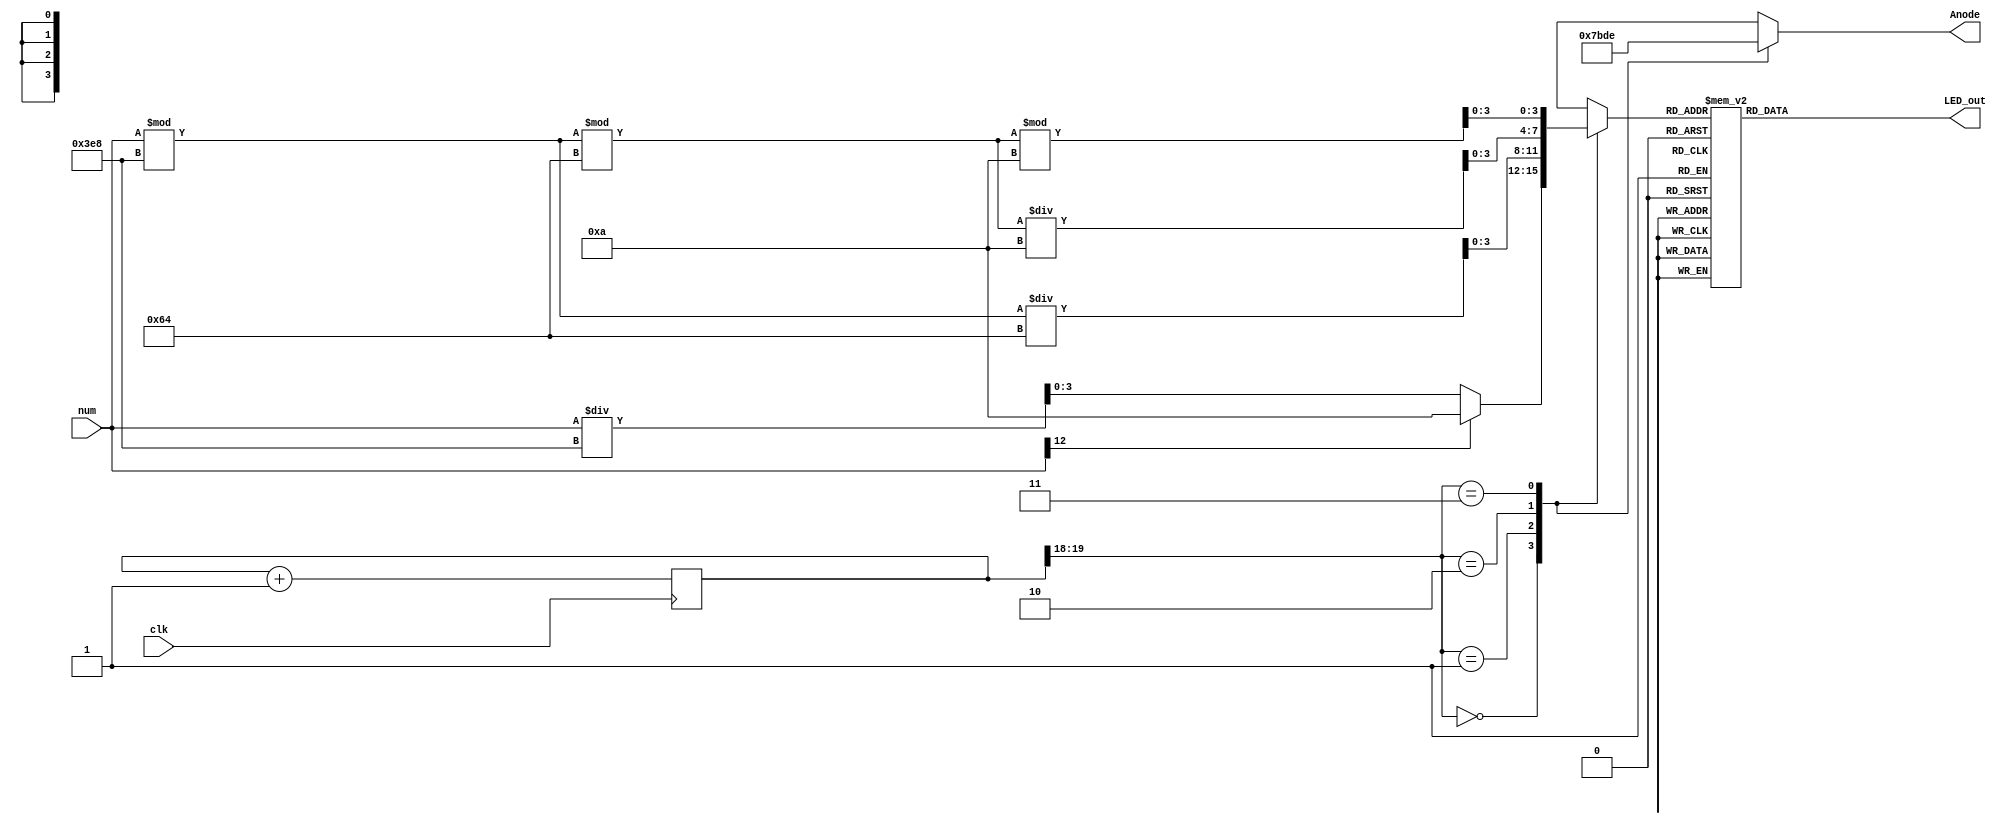
`timescale 1ns / 1ps
//////////////////////////////////////////////////////////////////////////////////
// Company: 
// Engineer: 
// 
// Design Name: 
// Module Name: SevenSegDis
// Project Name: 
// Target Devices: 
// Tool Versions: 
// Description: 
// 
// Dependencies: 
// 
// Revision:
// Revision 0.01 - File Created
// Additional Comments:
// 
//////////////////////////////////////////////////////////////////////////////////


module SevenSegDis(input clk, input [12:0] num,
 output reg [3:0] Anode,
 output reg [6:0] LED_out
 );
 reg [3:0] LED_BCD;
 reg [19:0] refresh_counter = 0; // 20-bit counter
 wire [1:0] LED_activating_counter;
  
 
 
 always @(posedge clk)
 begin
 refresh_counter <= refresh_counter + 1;
 end

 assign LED_activating_counter = refresh_counter[19:18];

wire sign= num[12];


 always @(*)
 begin
 case(LED_activating_counter)
 2'b00: begin
 Anode = 4'b0111;
 if(sign)
 LED_BCD = 10;
else
 LED_BCD = num/1000;
 end
 2'b01: begin
 Anode = 4'b1011;
 LED_BCD = (num % 1000)/100;
 end
 2'b10: begin
 Anode = 4'b1101;
 LED_BCD = ((num % 1000)%100)/10;
 end
 2'b11: begin
 Anode = 4'b1110;
 LED_BCD = ((num % 1000)%100)%10;
 end
 endcase
 end
 always @(*)
 begin
 case(LED_BCD[3:0])
 4'b0000: LED_out = 7'b0000001; // "0"
 4'b0001: LED_out = 7'b1001111; // "1"
 4'b0010: LED_out = 7'b0010010; // "2"
 4'b0011: LED_out = 7'b0000110; // "3"
 4'b0100: LED_out = 7'b1001100; // "4"
 4'b0101: LED_out = 7'b0100100; // "5"
 4'b0110: LED_out = 7'b0100000; // "6"
 4'b0111: LED_out = 7'b0001111; // "7"
 4'b1000: LED_out = 7'b0000000; // "8"
 4'b1001: LED_out = 7'b0000100; // "9"
 4'b1010: LED_out = 7'b1111110; // "-"
 4'b1011: LED_out = 7'b1111111; // "display nothing"
 default: LED_out = 7'b0000001; // "0"
 endcase
 end
 

endmodule